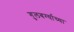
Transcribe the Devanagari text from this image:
गुलबर्ग्याच्या